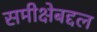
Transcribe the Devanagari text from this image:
समीक्षेबद्दल